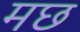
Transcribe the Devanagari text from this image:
मछ